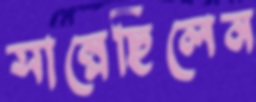
সাম্‌লেছিলেন